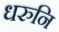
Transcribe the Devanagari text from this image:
धरुनि